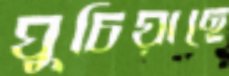
ঘুচিয়াছে